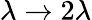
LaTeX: \lambda\to 2\lambda